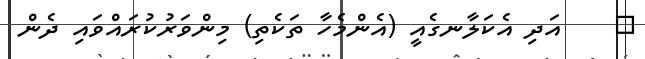
٣    އަދި އެކަލާނގެއީ (އެންމެހާ ތަކެތި) މިންވަރުކުރައްވައި ދެން